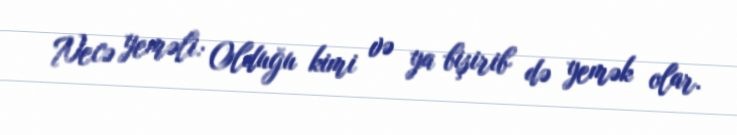
Necə yeməli: Olduğu kimi və ya bişirib də yemək olar.